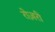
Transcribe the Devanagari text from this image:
रोज़री